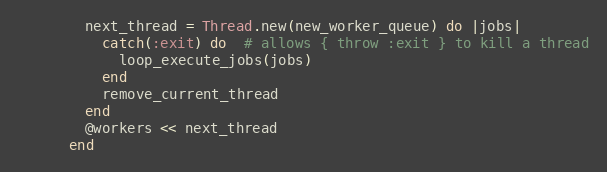
Language: Ruby
        next_thread = Thread.new(new_worker_queue) do |jobs|
          catch(:exit) do  # allows { throw :exit } to kill a thread
            loop_execute_jobs(jobs)
          end
          remove_current_thread
        end
        @workers << next_thread
      end